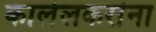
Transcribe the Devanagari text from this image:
कालेलकरांना